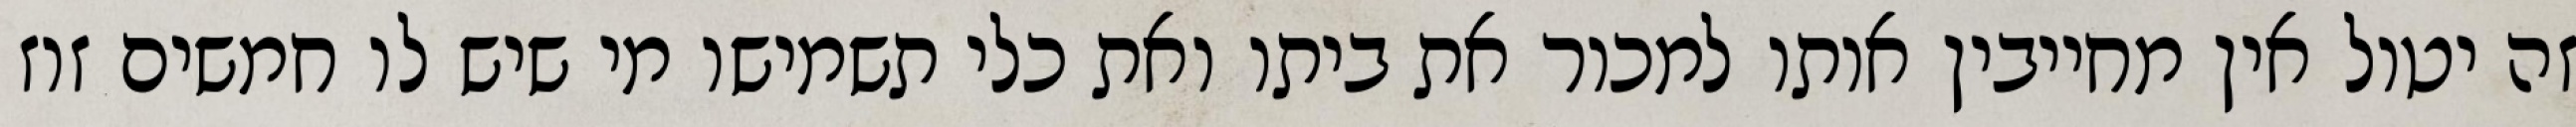
זה יטול אין מחייבין אותו למכור את ביתו ואת כלי תשמישו מי שיש לו חמשים זוז